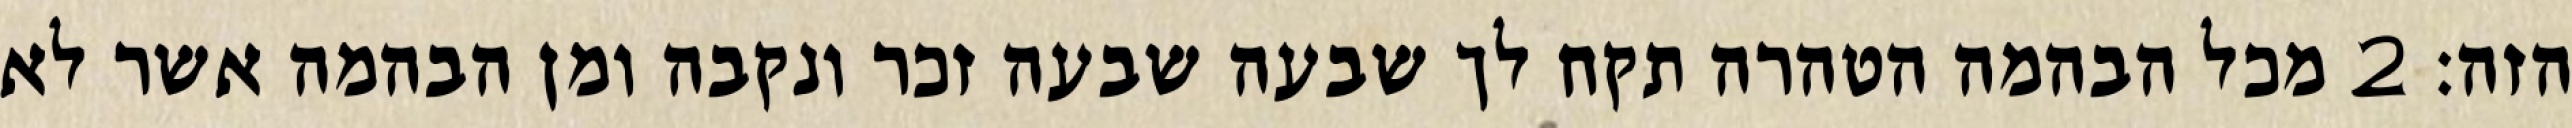
הזה׃ ‎2‏ מכל הבהמה הטהרה תקח לך שבעה שבעה זכר ונקבה ומן הבהמה אשר לא